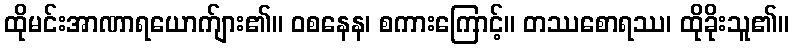
ထိုမင်းအာဏာရယောက်ျား၏။ ဝစနေန၊ စကားကြောင့်။ တဿစောရဿ၊ ထိုခိုးသူ၏။